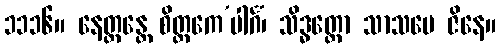
၁၁၁၆။ နေတ္တန္တေ စိတ္တကေ’ပါင်္ဂံ၊ သိဒ္ဓတ္ထော သာသပေ ဇိနေ။